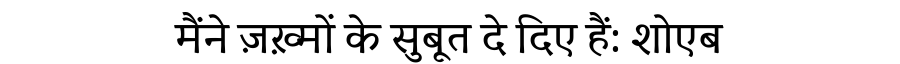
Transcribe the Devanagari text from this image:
मैंने ज़ख़्मों के सुबूत दे दिए हैं: शोएब